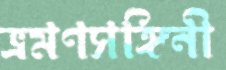
ভ্রমণসঙ্গিনী